Vital statistics of India. Vol. IV, Annual returns from 1871 to 1876. British Army of India, Native Army and jails of Bengal
Year: 1871
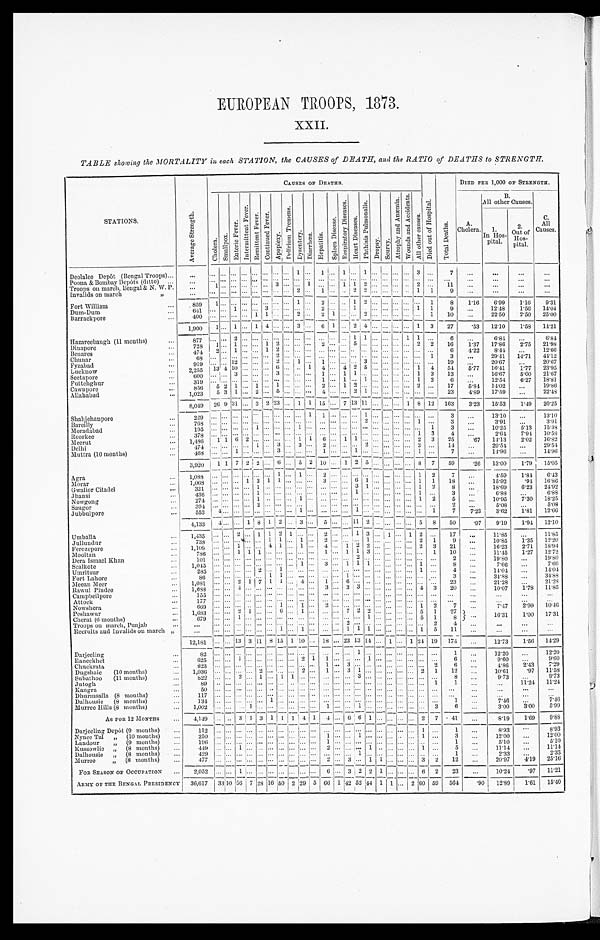
EUROPEAN TROOPS, 1873.
XXII.
TABLE showing the MORTALITY in each STATION, the CAUSES of DEATH, and the RATIO of DEATHS to STRENGTH.
S T A T I O N S .
A v e r a g e S t r e n g t h .
CAUSES OF DEATHS.
D i e d o f H o s p i t a l .
T o t a l D e a t h s .
DIED PER 1,000 OF STRENGTH.
C h o l e r a .
S ma l l p o x .
E n t e r i c F e v e r .
I n t e r m i t t e n t F e v e r .
R e m i t t e n t F e v e r .
C o n t i n u e d F e v e r .
A p o p l e x y .
D e l i r i u m T r e m e n s .
D y s e n t e r y . D i a r r h œ a . H e p a t i t i s .
S p l e e n D i s e a s e .
R e s p i r a t o r y D i s e a s e s .
H e a r t D i s e a s e s .
P h t h i s i s P u l m o n a l i s .
D r o p s y . S c u r v y .
A t r o p h y a n d A n æ m i a . W o u n d s a n d A c c i d e n t s .
A l l o t h e r C a u s e s .
A.
Cholera.
B.
All other Causes.
C.
Causes.
1.
InHos-
pital.
2 .
O u t o f H o s - p i t a l .
Deolalee Depôt (Bengal Troops) . . .
. . .
. . . . . . . . . . . . . . . . . . . . . . . . 1 . . . 1 . . . 1 . . . 1 . . . . . . . . . . . . 3 . . .
7
. . .
. . .
. . .
. . .
Poona & Bombay Depôts (ditto) . . .
. . .
. . . . . . . . . . . . . . . . . . . . . . . . . . . . . . . . . . . . . . . . . . . . . . . . . . . . . . . . . . . . . . .
. . .
. . .
. . . . . .
. . .
3 . . . . . . 1 . . . . . . 1 1 2 . . . . . .
. . . . . . 2 . . .
1 1
Troops on march, Bengal & N. W. P.
. . .
1 . . . . . . . . . . . . . . .
. . .
. . .
. . .
. . .
2 . . . 1 . . . . . . 2 2 . . . . . .
. . . . . . 1 1
9
. . .
. . . . . .
. . .
Invalids on march . . .
. . .
. . . . . . . . . . . . . . . . . . . . .
. . .
Fort William . . .
859 1 . . . . . . . . . . . . . . . . . . . . . 1 . . . 2 . . . . . . 1 2 . . . . . .
. . . . . . . . . 1 8
1.16
6.99 1.16 9.31
6 4 1
. . .
. . . 1
. . . . . . 3 . . . . . . . . . . . . 2 . . . . . . 1 . . . . . . . . .
. . . . . . 1 1
9 . . .
12.48
1.56 14.04
Dum-Dum . . .
400
. . .
. . . . . . . . . 1 1 . . . . . . 2 . . . 2 1
. . . . . . 2 . . . . . .
. . . . . . . . . 1
1 0
. . .
22.50 2.50 25. 00
Barrackpore . . .
1,900 1 . . . 1
. . . 1 4 . . . . . . 3 . . . 6 1 . . . 2 4 . . . . . . . . . . . . 1 3 27
. 5 3 12.10
1.58 14.21
Hazareebaugh (11 months) . . .
8 7 7
. . .
. . . 2 . . . . . . . . . . . . . . . . . . . . . . . . . . . . . . 1 1 . . . . . .
. . . 1 1 . . . 6
. . . 6.84
. . . 6. 84
1 . . . 1 . . . . . . 1 2 . . . . . . . . . 2 . . . . . . 5 . . . . . . . . . . . . . . . 2 2 16
1.37 17.86 2.75 21. 98
Dinapore . . .
728
. . . 1 . . . . . . 1 2 . . . . . . . . . . . . . . . . . . . . .
2
. . . . . . . . .
. . . . . . . . . . . . 6
4.22 8.44
. . . 12. 66
Benares . . .
4 7 4 . . . . . . . . . . . . . . . 2 . . . . . . . . . . . . . . . . . . . . . . . . . . . . . .
. . . . . . . . .
6 8 . . .
1 3
. . . 29.41 14.71 44.12
Chunar . . .
1 2
1
9 1 9
. . . . . . . . . 2 . . .
. . . 1 . . . . . . . . . 3 . . . . . .
. . . . . . . . . . . .
1 9
. . .
20.67
. . . 20. 67
Fyzabad . . .
. . .
. . .
6
10
2 , 2 2 2 2 2 2 2 5 5 5 2 2 2 2 2 2 5 13 4
. . . . . . . . .
. . . . . . 1 4 . . . 4 2 5 . . . . . . . . . . . . 1 4 54
5.77 16.41 1.77 23. 95
Lucknow . . .
3
3
. . . . . . . . . 1 . . . 1 1 . . . . . . . . . . . . . . . 1 3 13 . . .
16.67
5.00 21.67
600
Seetapore . . .
. . . . . .
. . . . . . . . .
. . .
. . . . . . . . . . . . . . . . . . . . . . . . . . . 1 . . . 1 . . . 1 . . . . . .
. . . . . . 1 2
6 . . .
12.54
6.27 18. 81
3 1 9
Futtehghur . . .
5 2 1 . . . 1 . . . 1 . . . . . . . . . 2 . . . 1 2 . . . . . . . . . . . . . . . 2
. . . 17
5.84 14.02
. . . 19. 86
856
Cawnpore . . .
3 1 . . . 2 . . . 5 . . . . . . . . . 4 . . . . . . 2 1 . . . . . . . . . . . . . . . . . .
5
23
4.89 17.59
. . .
2 2 . 4 8
Allahabad . . .
1,023
8,049 26 9 31 . . . 3 2 2 3 . . . 1 1 15 . . . 7 13 1 1 . . . . . .
. . . 1 8 12 163
3.23 15.53 1.49 20. 25
Shahjehanpore . . .
229
. . . . . . . . . . . . . . . . . . . . . . . . . . . 1 1 . . . . . . . . . 1 . . . . . .
. . . . . . . . . . . .
3 . . .
13.10
. . . 13. 10
Bareilly . . .
768
. . . . . . . . . . . . . . . . . . . . . . . . . . . . . . . . . . . . . . . . . . 2 . . . . . .
. . . . . . 1
. . . 3
. . . 3.91
. . . 3 . 9 1
Moradabad . . .
195
. . .
. . . . . . . . . 1 . . . . . . . . . 1 . . . . . . . . . . . . . . . . . . . . . . . .
. . . . . . . . . 1
3 . . .
10.25 5.13 15. 38
Roorkee . . .
3 7 8 . . .
. . . . . . . . . . . . . . . . . . . . . . . . . . . . . . . . . . . . . . . . . . . . . . . .
. . . . . . 1 3
4 . . .
2.64 7.94 10. 58
1 1 6 2 . . . . . . . . . . . . 1 1 6 . . . 1 1 . . . . . . . . . . . . . . . 2 3 25
.67 14.13
2.02 16. 82
Meerut . . .
1,486
3
1
. . . 3 . . . 2 . . . . . . . . . 2 . . . . . .
. . . . . . 3 . . .
1 4
. . . 29.54
. . . 29. 54
Delhi . . .
474 . . . . . . . . . . . .
. . .
Muttra (10 months) . . .
4 6 8 . . . . . . 1 . . . . . . . . . 3 . . . . . . . . . 1 . . . . . . 1 . . . . . . . . .
. . . . . . 1 . . .
7
. . . 14.96
. . . 14. 96
3,920 1 1 7 2 2 . . . 6 . . . 5 2 10 . . . 1 2 5 . . . . . . . . . . . . 8 7 59
. 2 6 13.00 1.79 15. 05
Agra . . .
1 , 0 8 8 . . .
. . . . . . . . . . . . . . . 1
. . . 1 . . . 2 . . . . . . . . . . . . . . . . . .
. . . . . . 1 2 7
. . .
4.59 1.84
6.43
Morar . . .
1,068 . . . . . . . . . 1 3 1 1 . . . . . . . . . 3 . . . . . . 6 1 . . . . . .. . . . . . 1 1 18
. . . 15.92
.94 16.86
Gwalior Citadel . . .
3 2 1 . . .
. . . . . . . . . 1 . . . . . . . . . . . . . . . . . .
. . . . . . 3 1 . . . . . .
. . . . . . 1 2
8
. . . 18.69 6.23 24.92
Jhansi . . .
4 3 6 . . .
. . . . . . . . . 1 . . . . . . . . . . . . . . . . . .
. . . . . . 1 . . . . . . . . .
. . . . . . 1 . . . 3 . . .
6.88
. . . 6. 88
Nowgong . . .
2 7 4 . . .
. . . . . . . . . 1 . . . . . . . . . 1 . . . . . .
. . . . . . . . . . . . . . . . . .
. . . . . . 1 2 5
. . . 10.95 7.30 18. 25
Saugor . . .
3 9 4 . . .
. . . . . . . . . 2 . . . . . . . . . . . . . . . . . . . . . . . . . . . . . . . . . . . .
. . . . . . . . . . . . 2
. . . 5.08
. . . 5. 08
1
1
4
1
Jubbulpore . . .
5 5 3 . . . . . . . . . . . . . . . . . . . . .
. . . . . .
. . . . . .
. . . . . . . . .
. . . . . .
. . .
7
7.23 3.62 1.81 12. 66
4,133
4 . . . . . . 1 8 1 2 . . . 3 . . . 5 . . . . . . 1 1 2 . . . . . . . . . . . . 5 8 50
.97
9.19 1.94 12.10
Umballa . . .
1 , 4 3 5 . . .
. . . 2 . . . 1 1 2 1 . . . . . . 2 . . . . . . 1 3 . . . 1 . . . 1 2
. . . 17
. . . 11.85
. . .
1 1 . 8 5
1 1 . . . 1 . . . 2 . . . . . . . . . 1
Jullundur . . .
738
. . .
. . . . . . . . . . . .
. . . . . .
. . . . . . 2 1
9
. . . 10.85 1.35 12. 20
1 . . . . . . 4 1 . . . 1 . . . 4 . . . 1 2 2
Ferozepore . . .
1,109
. . . . . .
. . . . . .
. . . . . . 2 3
2 1
. . . 16.23 2.71 18. 94
1
1
Mooltan . . .
7 8 6 . . .
. . .
1 1 . . . . . . . . . . . . . . . 1 . . . 1
3 . . . . . .
. . . . . . . . . 1
1 0
. . .
11.45 1.27 12.72
Dera Ismael Khan . . .
1 0 1 . . .
. . . . . . . . . . . . . . . . . . . . . . . . . . . . . .
. . . . . . 2 . . . . . . . . .
. . . . . .
. . . . . . 2 . . .
19.80
. . .
1 9 . 8 0
Sealkote . . .
1 , 0 4 5 . . .
. . . . . . . . . . . . . . . . . . . . . 1 . . . 3 . . . 1 1 1 . . . . . .
. . . . . . 1 . . . 8 . . .
7.66
. . . 7. 66
Umritsur . . .
285
. . .
. . . . . . . . . 2 . . . 1 . . . . . . . . . . . .
. . . . . . . . . . . . . . . . . .
. . . . . . 1 . . . 4 . . .
14.04
. . . 14. 04
Fort Lahore . . .
8 6 . . .
. . . . . . . . . . . . 1 1 . . . . . . . . . . . .
. . . 1 . . . . . . . . . . . .
. . . . . . . . . . . .
3 . . .
34.88
. . . 34.88
2 1 7 1 1 . . . 4 . . . 1 . . . 6 . . . . . . . . . . . . . . . . . . . . . . . .
2 3 . . .
Meean Meer . . .
1,081
. . . . . .
21.28
. . . 21. 28
4
3
3
3
Rawul Pindee . . .
1,688
. . . . . .
. . . . . . . . . . . . . . . . . . . . .
. . .
. . . . . . . . . . . . . . . 4 3
2 0. . .
10.07 1.78 11.85
Campbellpore . . .
1 5 5 . . .
. . . . . . . . . . . . . . . . . . . . . . . . . . . . . .
. . . . . . . . . . . . . . . . . .
. . . . . . . . . . . .
. . .
. . .
. . .
. . .
. . .
Attock . . .
1 7 7 . . .
. . . . . . . . . . . . . . . . . . . . . . . . . . . . . .
. . . . . . . . . . . . . . . . . .
. . . . . . . . . . . .
. . .
. . .
. . .
. . .
. . .
1
1
2
Nowshera . . .
6 6 9 . . .
. . . . . . . . . . . . . . .
. . .
. . . . . . . . . . . . . . . . . . . . .
. . . . . . 1 2
7 . . .
7 . 4 7 2.99 10. 46
1
Peshawur . . .
1,683
. . .. . . 2
. . . . . . 6 . . . 1 . . . . . . . . . 7 2 2 . . . . . . . . . . . . 5 1 27 . . .
16.31 1.00 17. 31
Cherat (6 months) . . .
6 7 9 . . .
. . . 1 . . . . . . . . . . . . . . . . . . . . . . . .
. . . . . . . . . 1 . . . . . .
. . . . . . 5 1 8
2
Troops on march, Punjab . . .
. . . . . .
. . . . . . . . . . . . . . . . . . . . . . . . . . . . . .
. . .
. . . . . . . . . . . .
. . . . . . . . . 2
4 . . .
. . .
. . .
. . .
1
1
1
1
Recruits and Invalids on march "
. . . . . .
. . . . . . . . . . . . . . .
. . .
. . . . . .
. . .
1 . . . . . .
. . . . . . 1 5
1 1
. . .
. . .
. . .
. . .
12,181
. . . . . . 13 3 11 8 15 1 10 . . . 18 . . . 23 13 1 4 . . . 1 . . . 1 24 19 174 . . .
12.73
1.56 14. 29
Darjeeling . . .
8 2 . . .
. . . . . . . . . . . . . . . . . . . . . . . . . . . . . .
. . . . . . 1 . . . . . . . . .
. . . . . . . . . . . .
1 . . .
12.20
. . . 12. 20
Raneekhet . . .
6 2 5 . . .
. . . 1 . . . . . . . . . . . . . . . 2 1
1 . . . . . . . . . 1 . . . . . .
. . . . . . . . . . . .
6 . . .
9.60
. . . 9. 60
Chuckrata . . .
8 2 3 . . .
. . . . . . . . . . . . . . . . . . . . . . . . . . . 1 . . . 3 . . . . . . . . . . . .
. . . . . . . . . 2
6 . . .
4.86 2.43
7. 29
Dugshaie (10 months) . . .
1 , 0 3 6 . . .
. . . . . . . . . 2 . . . . . . . . . 2 . . . 1 . . . 3 1 . . . . . . . . . . . . . . . 2 1 12
. . . 10.61
.97 11.58
Subathoo (11 months) . . .
8 2 2 . . .
. . . 2 . . . 1 . . . 1 1 . . . . . . . . .
. . . . . . 3 . . . . . . . . .
. . . . . . . . . . . .
8 . . .
9.73
. . . 9. 73
Jutogh . . .
89
. . .
. . . . . . . . . . . . . . . . . . . . . . . . . . . . . .
. . . . . . . . . . . . . . . . . . . . . . . . . . . 1
1 . . .
. . . 11.24 11.24
Kangra . . .
5 0 . . .
. . . . . . . . . . . . . . . . . . . . . . . . . . . . . .
. . . . . . . . . . . . . . . . . .
. . . . . . . . . . . .
. . . . . .
. . .
. . .
. . .
Dhurmsalla (8 months) . . .
1 1 7 . . .
. . . . . . . . . . . . . . . . . . . . . . . . . . . . . .
. . . . . . . . . . . . . . . . . .
. . . . . . . . . . . .
. . .
. . .
. . . . . .
. . .
Dalhousie (8 months) . . .
1 3 4 . . .
. . . . . . . . . . . . 1 . . . . . . . . . . . . . . .
. . . . . . . . . . . . . . . . . . . . . . . . . . . . . .
1
. . .
7 . 4 6
. . .
7 . 4 6
Murree Hills (8 months)
. . .
1 , 0 0 2 . . .
. . . . . . 1 . . . . . . . . . . . . . . . . . . 1 . . . . . . 1 . . . . . . . . .
. . . . . . . . . 3
6 . . .
3 . 0 3.00 5. 99
AS FOR 12 MONTHS . . . 4,149
. . .
. . . 3 1 3 1 1 1 4 1
4 . . . 6 6 1 . . . . . . . . . . . . 2 7 41
. . . 8.19
1.69
9. 88
Darjeeling Depot (9 months) . . .
1 1 2 . . .
. . . . . . . . . . . . . . . . . . . . . . . . . . . . . .
. . . . . . . . . . . . . . . . . . . . . . . . 1 . . .
1
. . .
8.93
. . . 8.93
Nynee Tal " (10 months) . . .
2 5 0 . . .
. . . . . . . . . . . . . . . . . . . . . . . . . . . 1 . . . . . . 1 . . . . . . . . . . . . . . . 1 . . . 3
. . . 12.00
. . . 12. 00
Landour " (9 months) . . .
196
. . .. . . . . . . . . . . . . . . . . . . . . . . . . . . 1 . . . . . . . . . . . . . . . . . .
. . . . . . . . . . . . 1
. . .
5 . 1 0
. . .
5 . 1 0
Kussowlie " (8 months) . . .
449
. . .. . . 1 . . . . . . . . . . . . . . . . . . . . . 2 . . . . . . . . . 1 . . . . . .
. . . . . . 1
. . . 5
. . . 11.14
. . . 11.14
Dalhousie " (8 months) . . .
4 2 9 . . .
. . . . . . . . . . . . . . . . . . . . . . . . . . . . . .
. . . . . . 1 . . . . . . . . . . . . . . . . . . . . . 1
. . . 2.33 . . .
2. 33
Murree " (8 months) . . .
4 7 7 . . .
. . . . . . . . . . . . . . . . . . . . . . . . . . . 2 . . . 3 . . . 1 1 . . .
. . . . . . 3 2
1 2
. . . 20.97
4 . 1 9 25.16
FOR SEASON OF OCCUPATION . . .
2 , 0 5 2 . . .
. . . 1 . . . . . . . . . . . . . . . . . . . . . 6 . . . 3 2 2 1 . . .. . . . . . 6 2 23
. . . 10.24
.97 11.21
ARMY OF THE BENGAL PRESIDENCY 36,617
3 3 10 56 7 28 16 50 2 29 5 66 1 42 52 44 1 1
. . . 2 6 0 59 564
.90 12.89 1.61 15.40